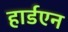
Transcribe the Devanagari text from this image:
हार्डएन